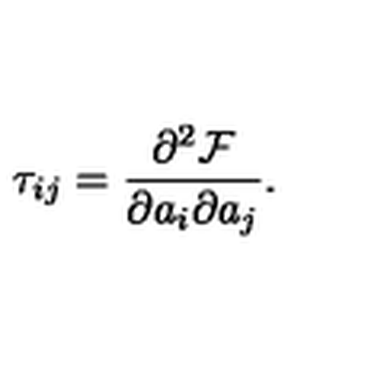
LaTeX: \tau _ { i j } = \frac { \partial ^ { 2 } \mathcal { F } } { \partial a _ { i } \partial a _ { j } } .